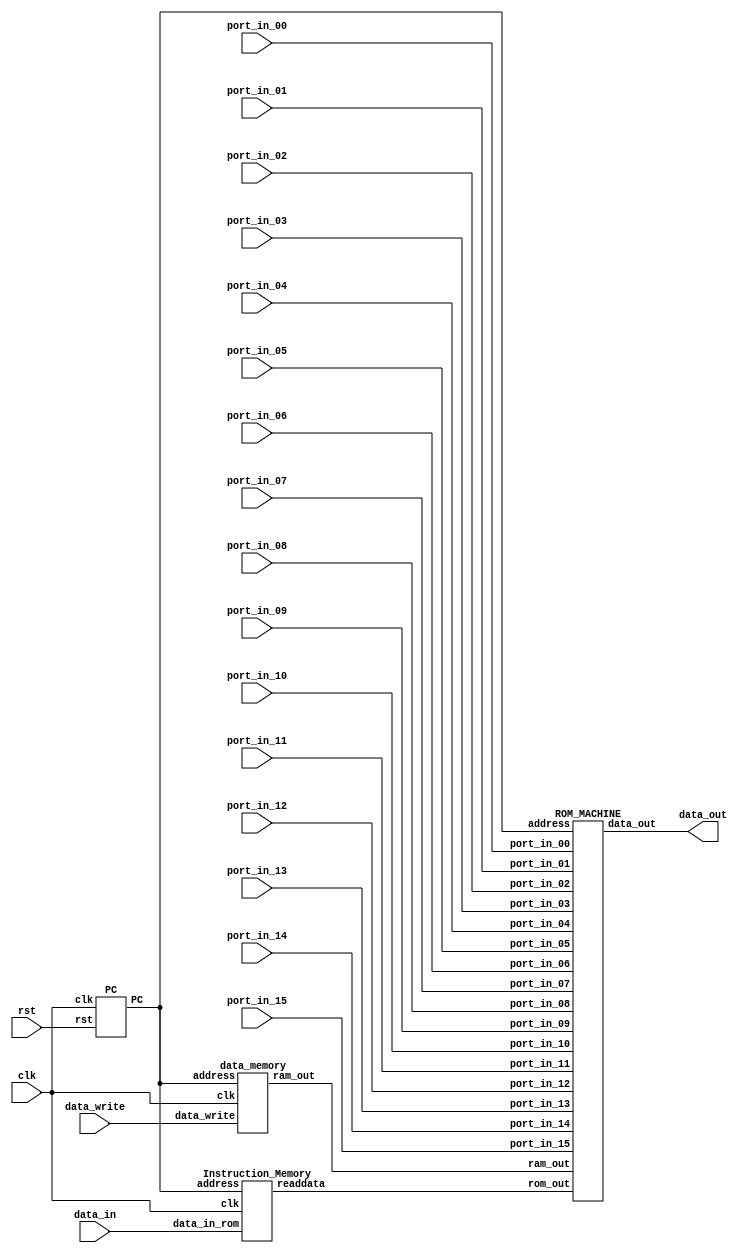
`timescale 1ns / 1ps
//////////////////////////////////////////////////////////////////////////////////
// Company: 
// Engineer: 
// 
// Design Name: 
// Module Name: fetch_phase
// Project Name: 
// Target Devices: 
// Tool Versions: 
// Description: 
// 
// Dependencies: 
// 
// Revision:
// Revision 0.01 - File Created
// Additional Comments:
// 
//////////////////////////////////////////////////////////////////////////////////


module fetch_phase(
input clk, rst,
input [7:0] data_write,data_in,
input [7:0] port_in_00, port_in_01, port_in_02, port_in_03,    
input [7:0] port_in_04, port_in_05, port_in_06, port_in_07, port_in_08,
input [7:0] port_in_09,port_in_10,port_in_11,port_in_12,port_in_13,port_in_14,port_in_15, 
output [7:0] data_out
    );
    wire [7:0] fetch_wire_1;
    wire [7:0] ram_out;
    wire [7:0] fetch_wire_2;
    PC counter(.clk(clk), .rst(rst),. PC(fetch_wire_1));
    Instruction_Memory IM(.clk(clk),.address(fetch_wire_1),.readdata(fetch_wire_2),
    .data_in_rom(data_in)
    );
    ROM_MACHINE rom_machine(
    .address(fetch_wire_1),.rom_out(fetch_wire_2),.ram_out(ram_out),.data_out(data_out),
    .port_in_00(port_in_00), .port_in_01(port_in_01), .port_in_02(port_in_02), .port_in_03(port_in_03),                              
    .port_in_04(port_in_04), .port_in_05(port_in_05), .port_in_06(port_in_06), .port_in_07(port_in_07), .port_in_08(port_in_08),                  
    .port_in_09(port_in_09), .port_in_10(port_in_10), .port_in_11(port_in_11), .port_in_12(port_in_12), .port_in_13(port_in_13),
    .port_in_14(port_in_14),.port_in_15(port_in_15)  
    );
    data_memory data_mem(.clk(clk),.address(fetch_wire_1),.ram_out(ram_out),.data_write(data_write));
endmodule
module PC (
input clk, rst,
output reg [7:0] PC
);
always@(posedge clk) begin
if(rst == 1'b1) begin
PC <= 8'b00000000;
end
else
begin
PC <= PC + 1'b1;
if(PC > 8'b11111111) begin
PC <= 8'b00000000;
end 
end
end
endmodule

module Instruction_Memory(clk,address,readdata,data_in_rom

);
  input clk;
  input [7:0]address, data_in_rom;
   reg enable;
  output reg [7:0]readdata;
     
     reg [7:0] ROM [255:0];
     
     parameter YUKLE_A_SBT = 8'h86;
     parameter YUKLE_A     = 8'h87;
     parameter YUKLE_B_SBT = 8'h88;
     parameter YUKLE_B     = 8'h89;
     parameter KAYDET_A    = 8'h96;
     parameter KAYDET_B    = 8'h97;
     
     parameter TOPLA_AB    = 8'h42;
     parameter CIKAR_AB    = 8'h43;
     parameter AND_AB      = 8'h44;
     parameter OR_AB       = 8'h45;
     parameter ARTTIR_A    = 8'h46;
     parameter ARTTIR_B    = 8'h47;
     parameter DUSUR_A     = 8'h48;
     parameter DUSUR_B     = 8'h49;
     
     parameter ATLA                 = 8'h20;   
     parameter ATLA_NEGATIFSE       = 8'h21;
     parameter ATLA_POZITIFSE       = 8'h22;
     parameter ATLA_ESITSE_SIFIR    = 8'h23;
     parameter ATLA_DEGILSE_SIFIR   = 8'h24;
     parameter ATLA_OVERFLOW_VARSA  = 8'h25;
     parameter ATLA_OVERFLOW_YOKSA  = 8'h26;
     parameter ATLA_ELDE_VARSA      = 8'h27;
     parameter ATLA_ELDE_YOKSA      = 8'h28;

     
     always@(*)
begin
	if(address >= 8'h00 & address <= 8'h7F) begin // 0 ile 127 araliginda ise
		enable <= 1;
		end
	else begin
		enable <= 0;
	end
end 


always@(posedge clk)
begin
	
	if(enable == 1'b1) begin
	readdata <= ROM[address];
	end
	else begin
	ROM[address] <= data_in_rom;
	end
end
endmodule
module data_memory(
input clk,
input [7:0] address,
input [7:0] data_write,
output reg [7:0] ram_out
);

reg write_enable;
reg [7:0] RAM [255:0];

always@(address)
begin
	if(address >= 8'h80 & address <= 8'hDF) begin // 128 ile 223 araliginda ise
		write_enable <= 1'b1;
		end
	else begin
		write_enable <= 1'b0;
	end 
end 

always@(posedge clk) begin
if(write_enable == 1'b1) begin
RAM[address] <= data_write;
end
else begin
ram_out <= RAM[address];
end
end
endmodule
// ROM State Machine
module ROM_MACHINE(
input [7:0] address,rom_out,ram_out,
input [7:0] port_in_00, port_in_01, port_in_02, port_in_03,  
input [7:0] port_in_04, port_in_05, port_in_06, port_in_07, port_in_08,
input [7:0] port_in_09,port_in_10,port_in_11,port_in_12,port_in_13,port_in_14,port_in_15,
output reg [7:0]data_out
);
always@(address, rom_out, data_out,
			port_in_00, port_in_01, port_in_02, port_in_03,
			port_in_04, port_in_05, port_in_06, port_in_07,
			port_in_07, port_in_08, port_in_09, port_in_10,
			port_in_11, port_in_12, port_in_13, port_in_14, port_in_15)
	begin
		if(address >= 8'h00 & address <= 8'h7F) begin
			data_out <= rom_out;
			end
		else if(address >= 8'h80 & address <= 8'hDF) begin
			data_out <= ram_out;
			end
		// Input Routing
		else if(address == 8'hF0) begin
			data_out <= port_in_00;
			end
		else if(address == 8'hF1) begin
			data_out <= port_in_01;
			end
		else if(address == 8'hF2) begin
			data_out <= port_in_02;
			end
		else if(address == 8'hF3) begin
			data_out <= port_in_03;
			end
		else if(address == 8'hF4) begin
			data_out <= port_in_04;
			end
		else if(address == 8'hF5) begin
			data_out <= port_in_05;
			end
		else if(address == 8'hF6) begin
			data_out <= port_in_06;
			end
		else if(address == 8'hF7) begin
			data_out <= port_in_07;
			end
		else if(address == 8'hF8) begin
			data_out <= port_in_08;
			end
		else if(address == 8'hF9) begin
			data_out <= port_in_09;
			end
		else if(address == 8'hFA) begin
			data_out <= port_in_10;
			end
		else if(address == 8'hFB) begin
			data_out <= port_in_11;
			end
		else if(address == 8'hFC) begin
			data_out <= port_in_12;
			end
		else if(address == 8'hFD) begin
			data_out <= port_in_13;
			end
		else if(address == 8'hFE) begin
			data_out <= port_in_14;
			end
		else if(address == 8'hFF) begin
			data_out <= port_in_15;
			end
		else begin
			data_out <= 8'h00;
		end 
	end 
endmodule